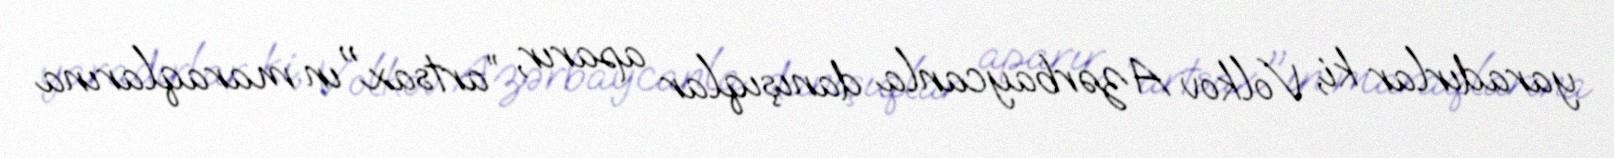
yaradırlar ki, Volkov Azərbaycanla danışıqlar aparır, ”artsax"ın maraqlarına